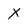
Character: X